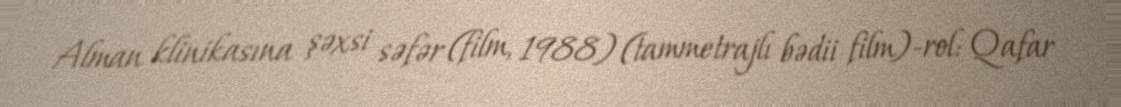
Alman klinikasına şəxsi səfər (film, 1988) (tammetrajlı bədii film)-rol: Qafar